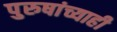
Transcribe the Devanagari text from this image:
पुरुषांच्याही